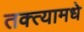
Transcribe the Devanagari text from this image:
तक्त्यामधे